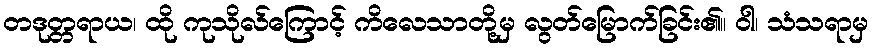
တဒုတ္တရာယ၊ ထို ကုသိုလ်ကြောင့် ကိလေသာတို့မှ လွတ်မြောက်ခြင်း၏။ ဝါ၊ သံသရာမှ